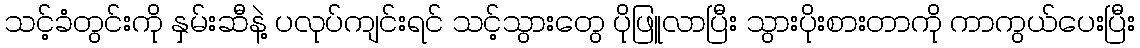
သင့်ခံတွင်းကို နှမ်းဆီနဲ့ ပလုပ်ကျင်းရင် သင့်သွားတွေ ပိုဖြူလာပြီး သွားပိုးစားတာကို ကာကွယ်ပေးပြီး